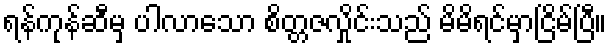
ရန်ကုန်ဆီမှ ပါလာသော စိတ္တဇလှိုင်းသည် မိမိရင်မှာငြိမ်ပြီ။